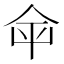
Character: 𡴌